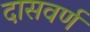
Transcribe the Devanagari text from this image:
दासवर्ण